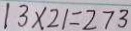
1 3 \times 2 1 = 2 7 3